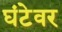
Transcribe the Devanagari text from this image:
घंटेवर